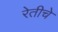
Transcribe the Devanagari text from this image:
रेतीचे